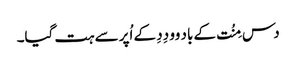
دس مِنُت کے باد وو دِدِ کے اُپر سے ہت گیا۔